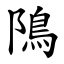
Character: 隝